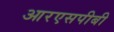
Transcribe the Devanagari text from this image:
आरएसपीबी